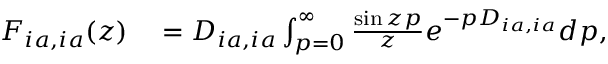
\begin{array} { r l } { { F } _ { i a , i a } ( z ) } & { { } = D _ { i a , i a } \int _ { p = 0 } ^ { \infty } \frac { \sin { z p } } { z } e ^ { - p D _ { i a , i a } } d p , } \end{array}